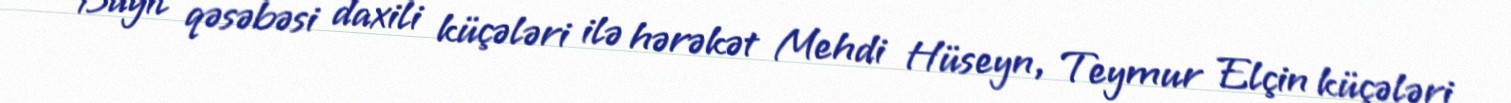
Bayıl qəsəbəsi daxili küçələri ilə hərəkət Mehdi Hüseyn, Teymur Elçin küçələri